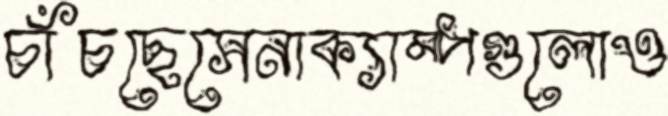
চাঁচছেসেনাক্যাম্পগুলোও